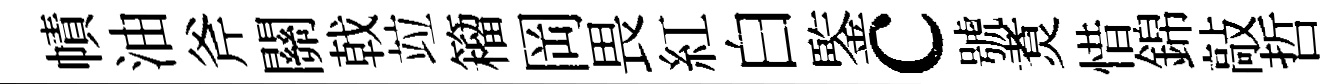
幘油斧關戟竝籕岡畏紅白鍳c號煑惜錦敲哲